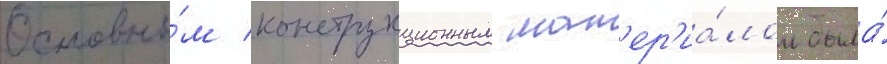
Основны́м конструкционным мат'ер'иа́лом была́